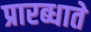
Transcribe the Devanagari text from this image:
प्रारब्धाते